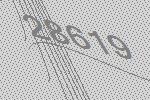
28619